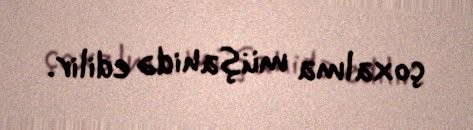
çoxalma müşahidə edilir.